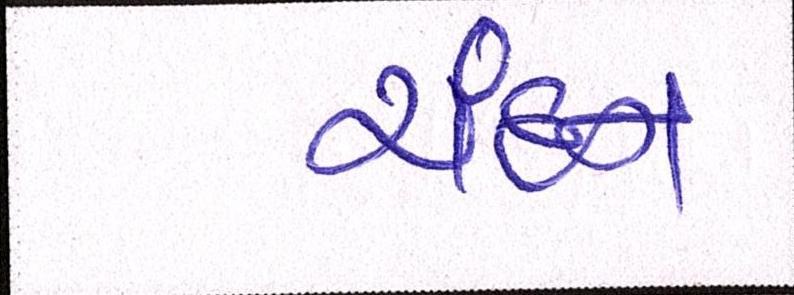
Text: ચંદન